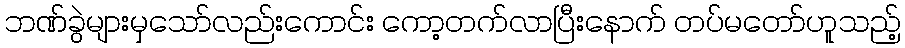
ဘဏ်ခွဲများမှသော်လည်းကောင်း ကော့တက်လာပြီးနောက် တပ်မတော်ဟူသည့်